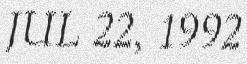
JUL 22, 1992